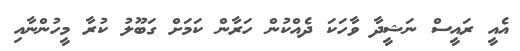
އެއީ ރައީސް ނަޝީދާ ވާހަކަ ދެއްކުން ހަރާން ކަމަށް ގަބޫލު ކުރާ މީހުންނާއި